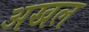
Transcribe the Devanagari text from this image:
अखल